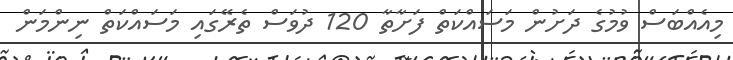
މިއެއްބަސް ވުމުގެ ދަށުން މަސައްކަތް ފަށާތާ 120 ދުވަސް ތެރޭގައި މަސައްކަތް ނިންމަން